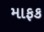
માફક